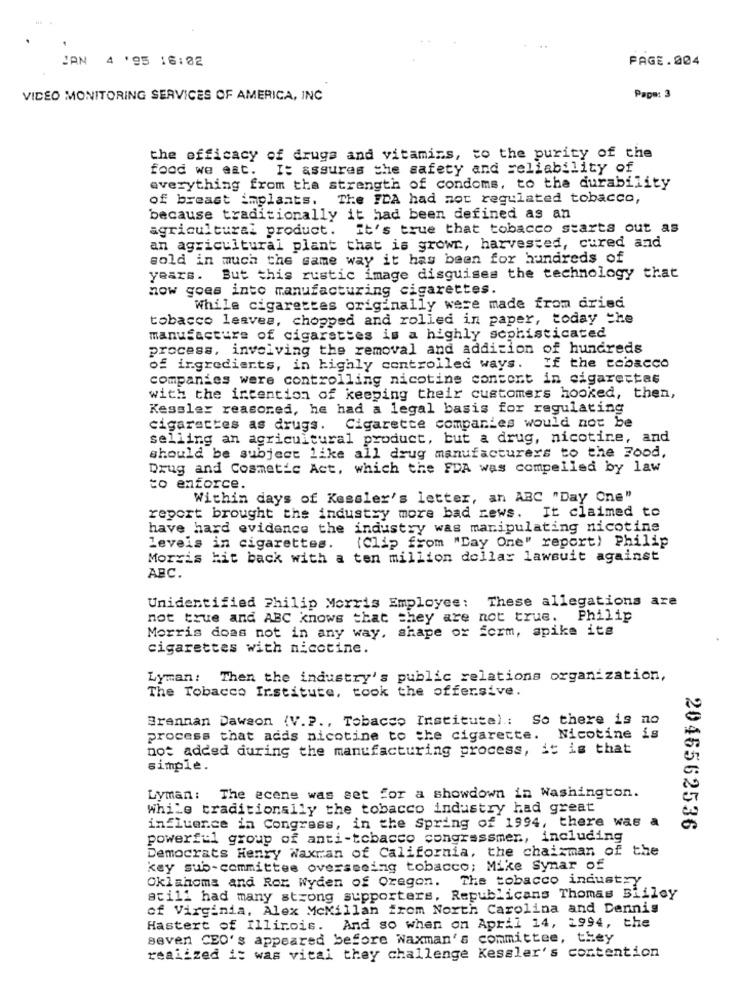
JAN 4 '95 16:02
PAGE.004
VIDEO MONITORING SERVICES OF AMERICA, INC
Pape: 3
the efficacy of drugs and vitamins, to the purity of the
food we eat.
I: assures the safety and reliability of
everything from the strength of condoms, to the durability
of breast implants. The FDA had not regulated tobacco,
because traditionally it had been defined as an
agricultural product. It's true that tobacco starts out as
an agricultural plant that is grown, harvested, cured and
gold in much the same way it has been for hundreds of
years. But this rustic image disguises the technology that
now goes into manufacturing cigarettes.
While cigarettes originally were made from dried
tobacco leaves, chopped and rolled in paper, today the
manufacture of cigarettes is a highly sophisticated
process, involving the removal and addition of hundreds
of ingredients, in highly controlled ways. If the tobacco
companies were controlling nicotine content in cigarestas
with the intention of keeping their customers hooked, then,
Kessler reasoned, he had a legal basis for regulating
cigarettes as drugs.
Cigarette companies would not be
selling an agricultural product, but a drug, nicotine, and
should be subject like all drug manufacturers to the Food,
Drug and Cosmetic Act, which the FDA was compelled by law
to enforce.
Within days of Kessler's letter, an ABC "Day One"
report brought the industry more bad news. It claimed to
have hard evidence the industry was manipulating nicotine
levels in cigarettes. (Clip from "Day One" report) Philip
Morris kit back with a ten million dollar lawsuit against
ABC.
Unidentified Philip Morris Employee: These allegations are
not true and ABC knows that they are not true. Philip
Morris does not in any way, shape or form, spike its
cigarettes with nicotine.
Lyman: Then the industry's public relations organization,
The Tobacco Institute, took the offersive.
Brennan Dawson (V.P ., Tobacco Institute): So there is no
process that adds nicotine to the cigarette. Nicotine is
not added during the manufacturing process, it is that
simple.
Lyman: The ecene was set for a showdown in Washington.
while traditionally the tobacco industry had great
influence in Congress, in the Spring of 1994, there was a
2046562536
powerful group of anti-tobacco congressmen, including
Democrats Henry Waxman of California, the chairman of the
key sub-committee overseeing tobacco; Mike Synar of
Oklahoma and Ror. Wyden of Oregon. The tobacco industry
stili had many strong supporters, Republicans Thomas Bliley
of Virginia. Alex McMillan from North Carolina and Dennis
Hastert of Illinois. And so when on April 14, 1994, the
seven CEO's appeared before Waxman's committee, they
realized it was vital they challenge Kessler's contention